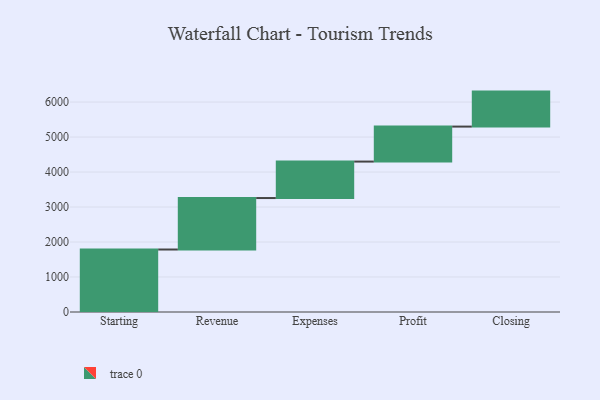
{"axis": {"x": "Step", "y": "Value"}, "legend": [""], "data": [{"x": "Starting", "y": 1786.0, "type": ""}, {"x": "Revenue", "y": 1471.0, "type": ""}, {"x": "Expenses", "y": 1042.0, "type": ""}, {"x": "Profit", "y": 1000, "type": ""}, {"x": "Closing", "y": 1000, "type": ""}]}